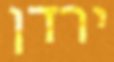
ירדן